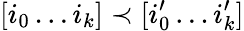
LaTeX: [i_{0}\dots i_{k}]\prec[i_{0}^{\prime}\dots i_{k}^{\prime}]